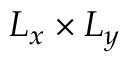
L _ { x } \times L _ { y }